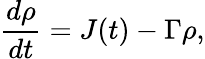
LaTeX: \frac{d\rho}{dt}=J(t)-\Gamma\rho,